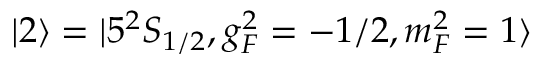
| 2 \rangle = | 5 ^ { 2 } S _ { 1 / 2 } , g _ { F } ^ { 2 } = - 1 / 2 , m _ { F } ^ { 2 } = 1 \rangle